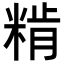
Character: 𥺾